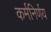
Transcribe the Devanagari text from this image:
कर्मनिर्णय